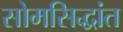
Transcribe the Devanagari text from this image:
सोमसिद्धांत